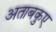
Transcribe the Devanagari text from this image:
अताबकुए